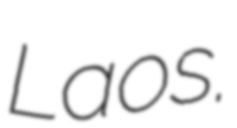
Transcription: Laos.